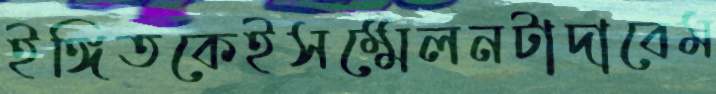
ইঙ্গিতকেইসম্মেলনটাদাবেম